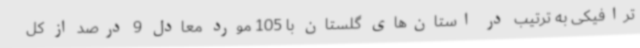
ترافیکی به ترتیب در استان‌های گلستان با 105 مورد معادل 9 درصد از کل